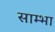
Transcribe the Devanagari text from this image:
साम्भा